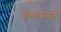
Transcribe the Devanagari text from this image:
बेलारूसने